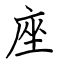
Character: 座